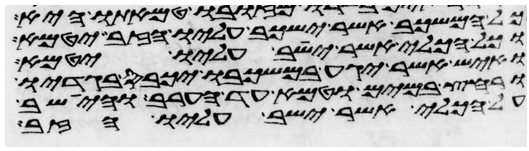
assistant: כל המשכב אשר ישכב עליו הזב יטמא
וכל הכלי אשר ישב עליו יטמא
ואיש אשר יגע במשכבו יכבס בגדיו
ורחץ במים וטמא עד הערב והישב
על הכלי אשר ישב עליו הזב